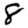
Digit: 8